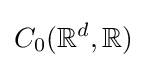
C_{0}(\mathbb {R} ^{d},\mathbb {R} )